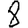
Digit: 8